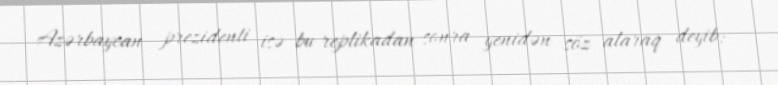
Azərbaycan prezidenti isə bu replikadan sonra yenidən söz alaraq deyib: